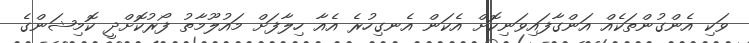
ވަކި އެންގުންތަކެއް އަންގާފައިވަނިކޮށް އެކަން އެނގިހުރެ އެއާ ހިލާފަށް މައުލޫމާތު ފޯރުކޮށްދީ ކޮމިޝަންގެ